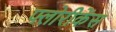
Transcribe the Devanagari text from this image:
फ्लोरीकेंस